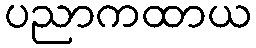
ပညာကထာယ